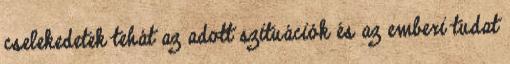
cselekedetek tehát az adott szituációk és az emberi tudat